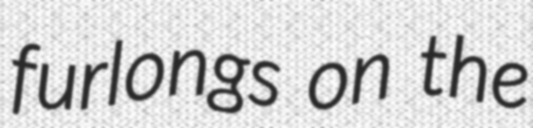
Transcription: furlongs on the